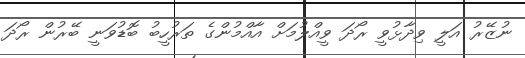
ނުޒޭރު އަލީ ވިދާޅުވީ ރޯދަ ވީއްލުމަށް އާއްމުންގެ ތަރުހީބު ބޮޑުވަނީ ބޭރުން ރޯދަ